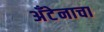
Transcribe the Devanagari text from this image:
अँटेनाचा